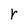
Character: r